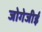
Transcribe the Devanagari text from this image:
जोगेजीई